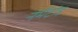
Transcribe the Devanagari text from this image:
नेमॅटोड